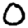
Digit: 0